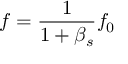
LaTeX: f = { \frac { 1 } { 1 + \beta _ { s } } } f _ { 0 }